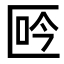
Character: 𠤾